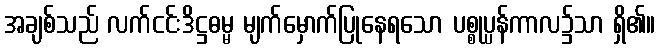
အချစ်သည် လက်ငင်းဒိဋ္ဌဓမ္မ မျက်မှောက်ပြုနေရသော ပစ္စုပ္ပန်ကာလ၌သာ ရှိ၏။